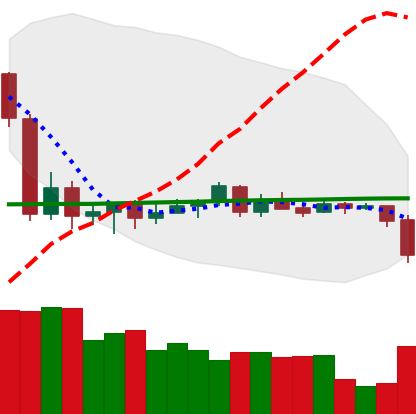
Ticker: LTC-USD
Chart end date: 2020-09-21
Forward return: 6.45%
Label: up_5_7